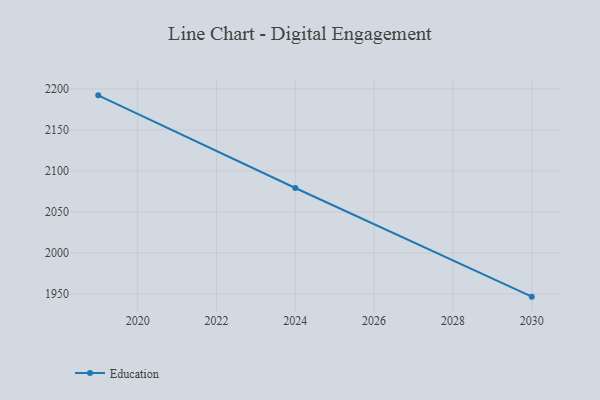
{"axis": {"x": "Year", "y": "Backlog"}, "legend": ["Education"], "data": [{"x": "2019", "y": 2192.2, "type": "Education"}, {"x": "2024", "y": 2079.2, "type": "Education"}, {"x": "2030", "y": 1946.6, "type": "Education"}]}